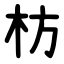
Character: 枋